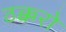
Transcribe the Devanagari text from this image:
ठक्करो